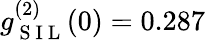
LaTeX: g_{\mathrm{~S~I~L~}}^{(2)}(0)=0.287